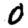
Digit: 0